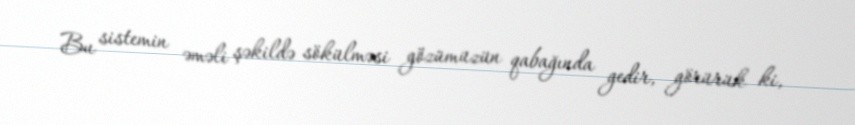
Bu sistemin əməli şəkildə sökülməsi gözümüzün qabağında gedir, görürük ki,